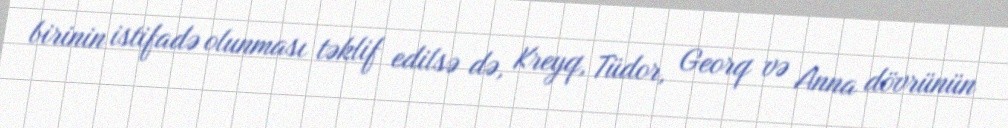
birinin istifadə olunması təklif edilsə də, Kreyq, Tüdor, Georq və Anna dövrünün